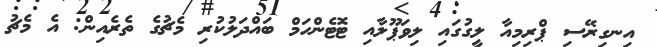
އިނގިރޭސި ޕްރިމިއާ ލީގުގައި ލިވަޕޫލާއި ޓޮޓެންހަމް ބައްދަލުކުރި މެޗުގެ ތެރެއިން: އެ މެޗު